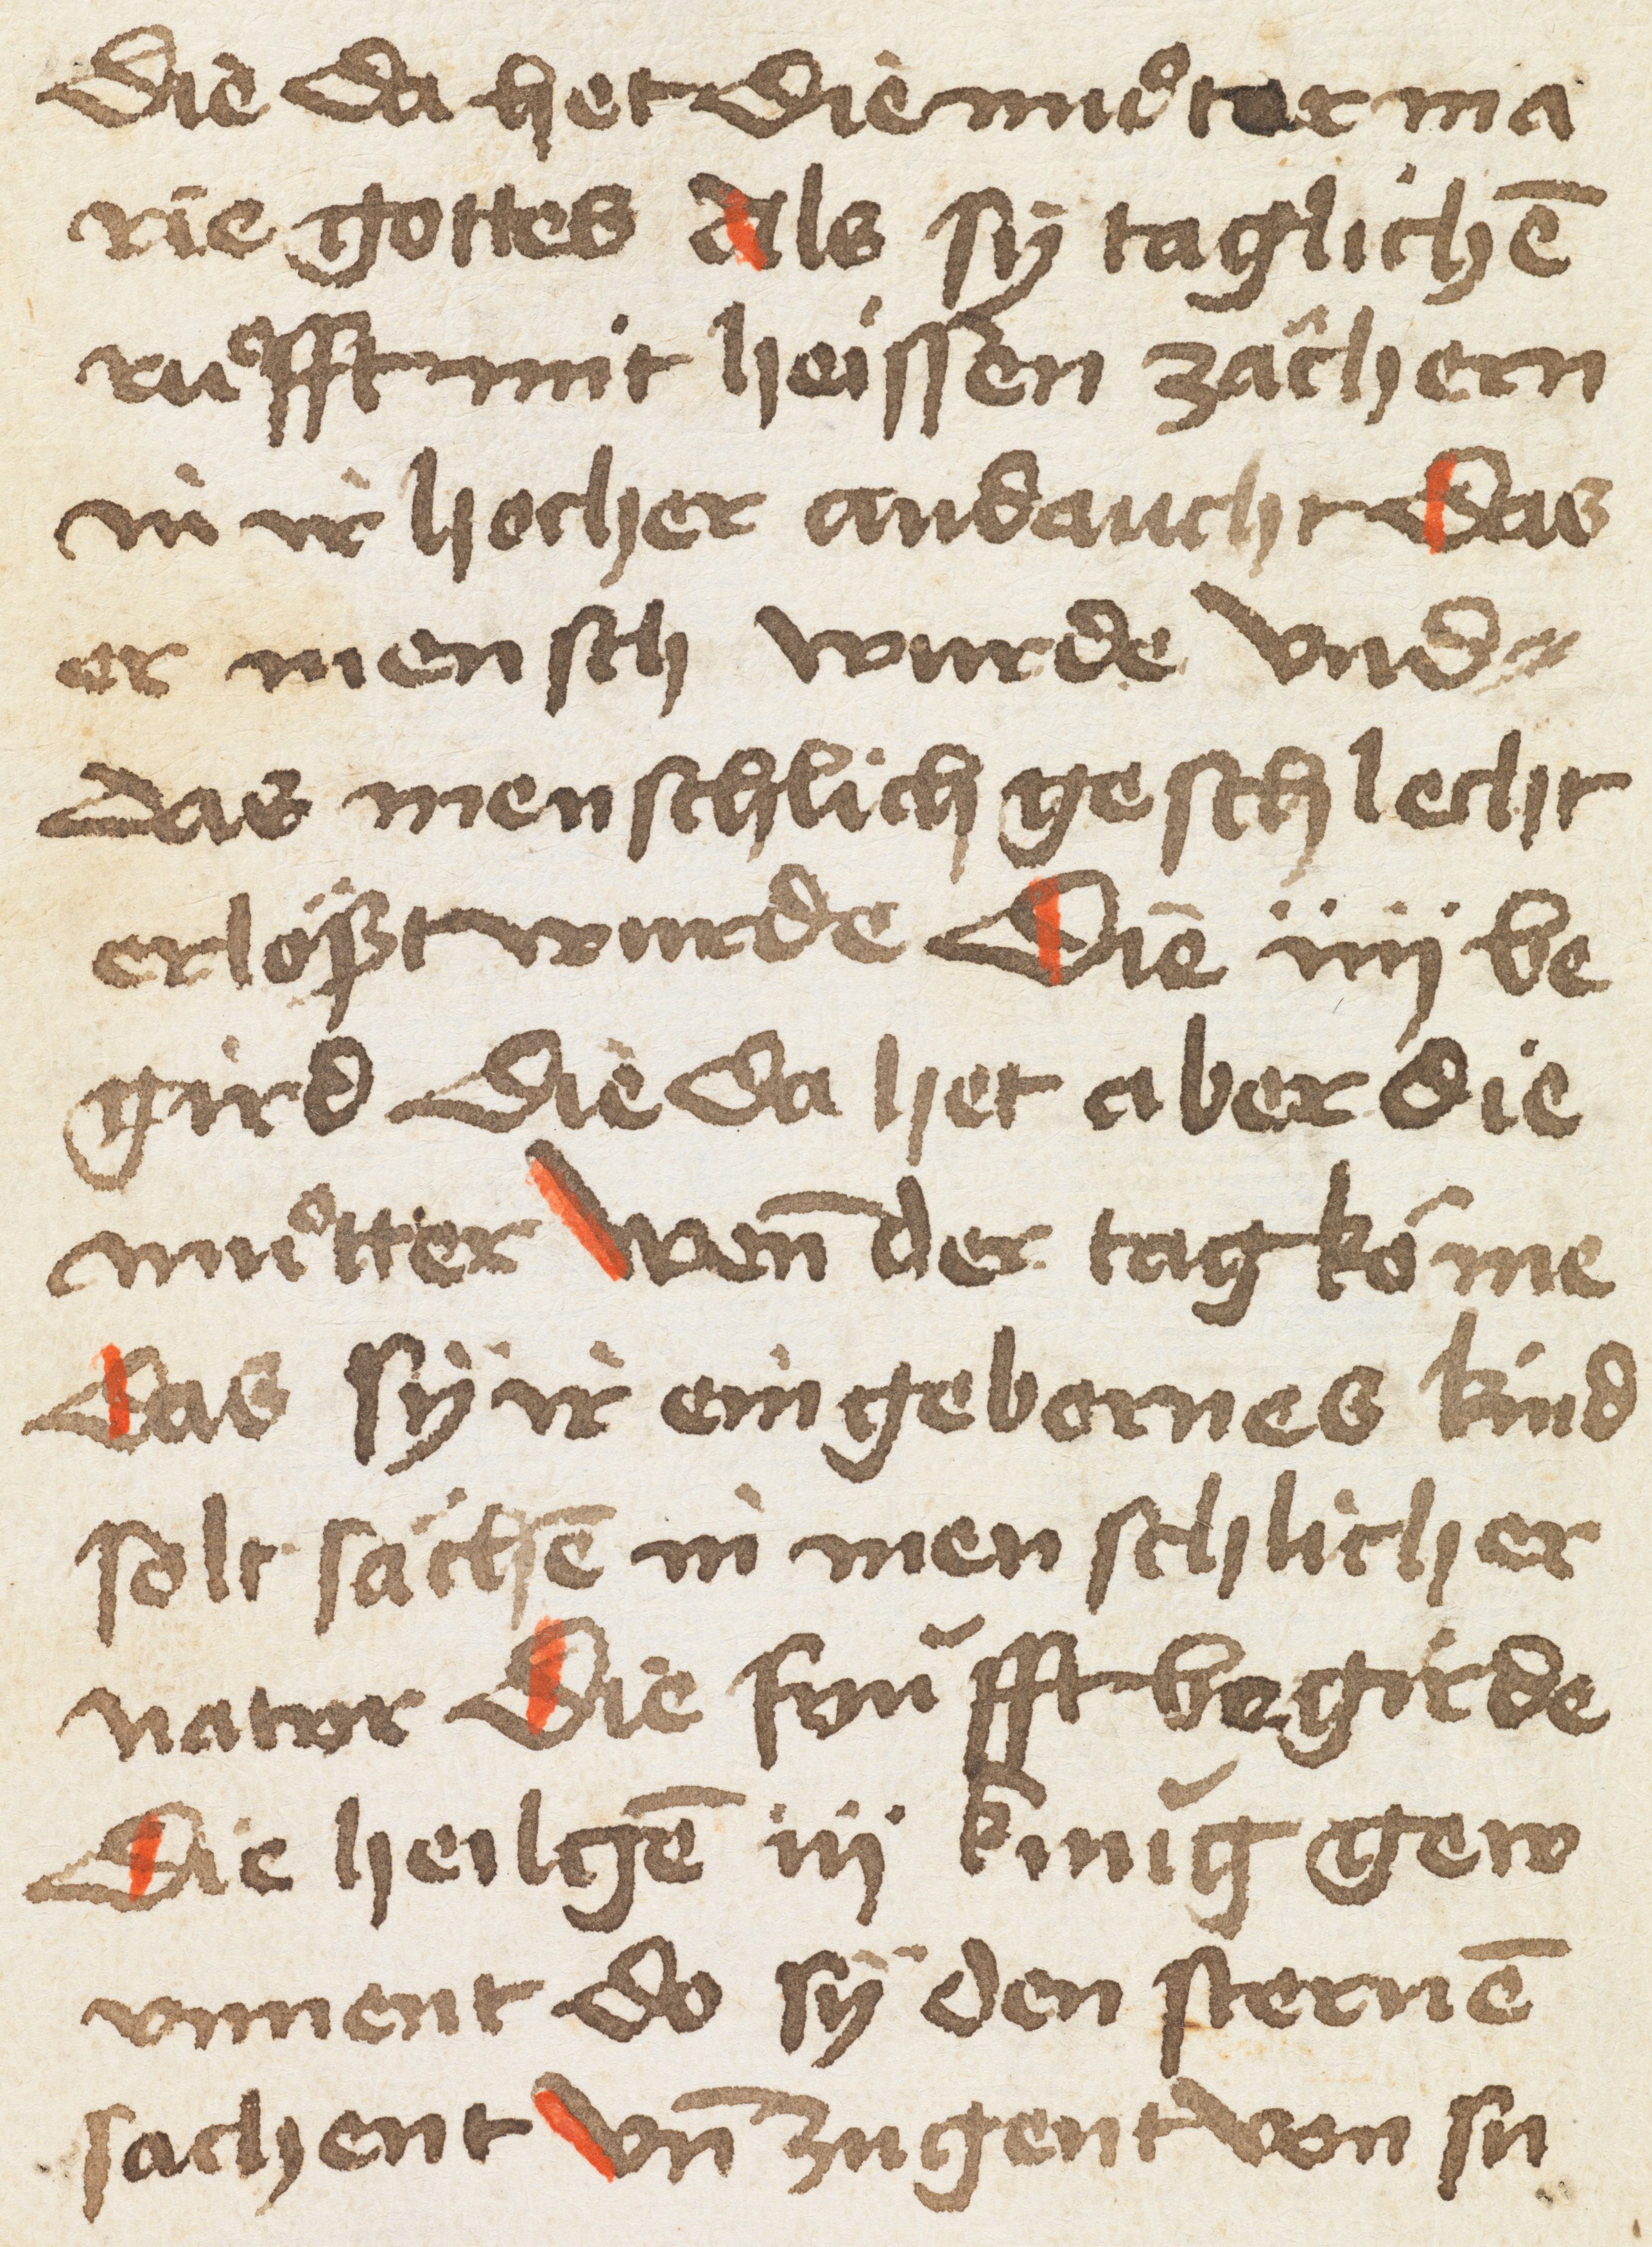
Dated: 1500–1530